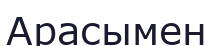
Арасымен